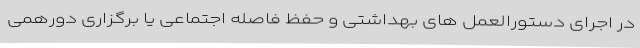
در اجرای دستورالعمل های بهداشتی و حفظ فاصله اجتماعی یا برگزاری دورهمی